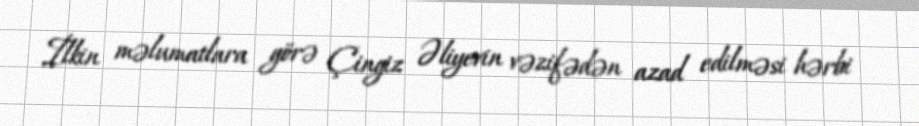
İlkin məlumatlara görə Çingiz Əliyevin vəzifədən azad edilməsi hərbi